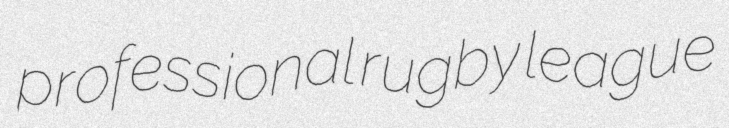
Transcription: professional rugby league